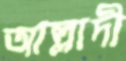
আল্লাদী